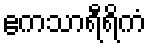
ဧကသာရီရိကံ